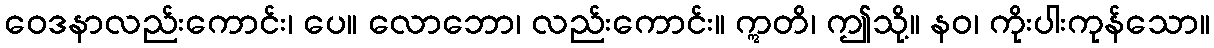
ဝေဒနာလည်းကောင်း၊ ပေ။ လောဘော၊ လည်းကောင်း။ ဣတိ၊ ဤသို့။ နဝ၊ ကိုးပါးကုန်သော။